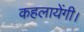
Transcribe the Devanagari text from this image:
कहलायेंगी।